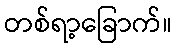
တစ်ရာ့ခြောက်။